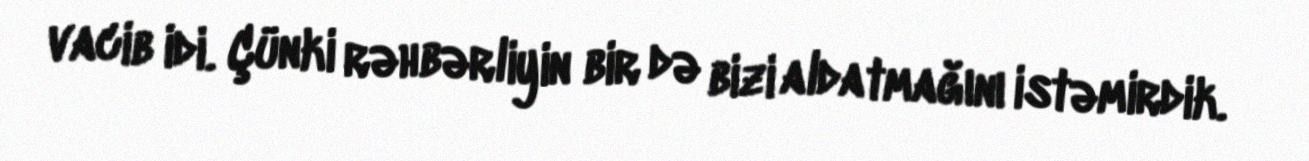
vacib idi. Çünki rəhbərliyin bir də bizi aldatmağını istəmirdik.